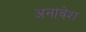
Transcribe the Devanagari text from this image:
अनावेश